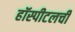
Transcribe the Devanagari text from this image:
हॉस्पीटलची